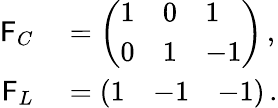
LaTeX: \begin{array}{rl}{\mathsf{F}_{C}}&{{}=\left(\begin{array}{lll}{1}&{0}&{1}\\ {0}&{1}&{-1}\end{array}\right)\, ,}\\ {\mathsf{F}_{L}}&{{}=\left(\begin{array}{lll}{1}&{-1}&{-1}\end{array}\right)\, .}\end{array}